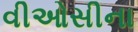
વીઓસીના